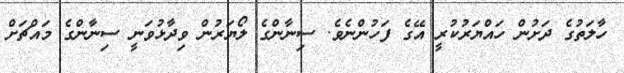
ހާލަތުގެ ދަށުން ހައްޔަރުކުރީ އޭގެ ފަހުންނެވެ. ސިނާންގެ ލޯޔަރުން ވިދާޅުވަނީ ސިނާންގެ މައްޗަށް